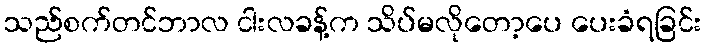
သည်စက်တင်ဘာလ ငါးလခန့်က သိပ်မလိုတော့ပေ ပေးခံရခြင်း